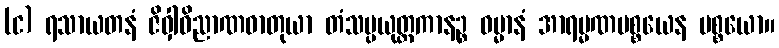
(င) ရသာယတနံ ဇိဝှါဝိညာဏဓာတုယာ တံသမ္ပယုတ္တကာနဉ္စ ဓမ္မာနံ အာရမ္မဏပစ္စယေန ပစ္စယော။